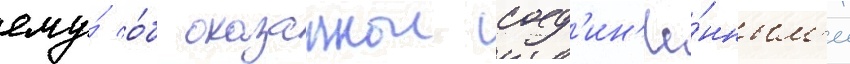
ему́ о́б оказаннои соед'ин'ё́нным'и